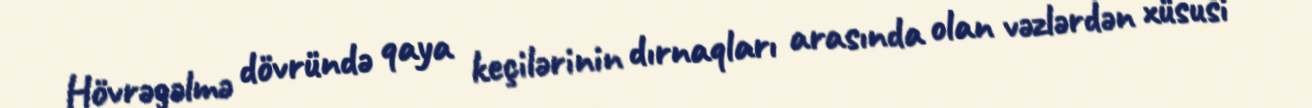
Hövrəgəlmə dövründə qaya keçilərinin dırnaqları arasında olan vəzlərdən xüsusi